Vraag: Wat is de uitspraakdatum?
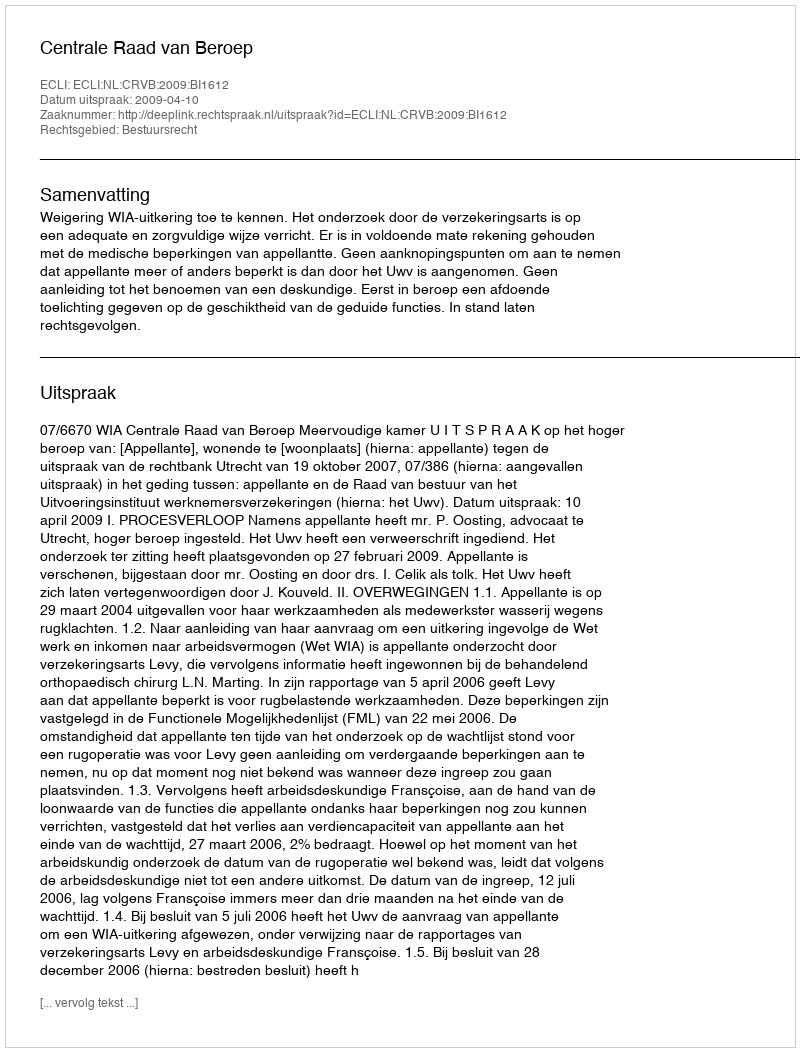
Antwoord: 2009-04-10